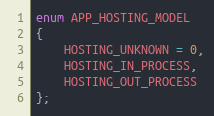
Language: C
enum APP_HOSTING_MODEL
{
    HOSTING_UNKNOWN = 0,
    HOSTING_IN_PROCESS,
    HOSTING_OUT_PROCESS
};